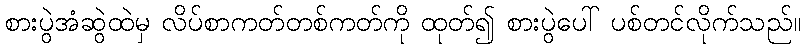
စားပွဲအံဆွဲထဲမှ လိပ်စာကတ်တစ်ကတ်ကို ထုတ်၍ စားပွဲပေါ် ပစ်တင်လိုက်သည်။